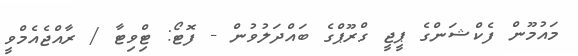
މައުމޫން ފެކްޝަންގެ ޕީޖީ ގްރޫޕްގެ ބައްދަލުވުން - ފޮޓޯ: ޓްިވިޓާ / ރާއްޖެއެމްވީ